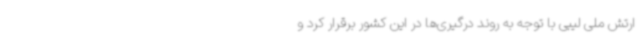
ارتش ملی لیبی با توجه به روند درگیری‌ها در این کشور برقرار کرد و